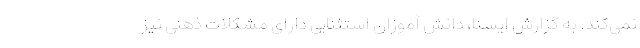
نمی‌کند. به گزارش ایسنا، دانش آموزان استثنایی دارای مشکلات ذهنی نیز